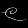
Digit: ၉